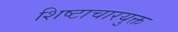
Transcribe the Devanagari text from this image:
शिष्टाचारयुक्त